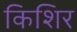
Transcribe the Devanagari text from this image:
किशिर